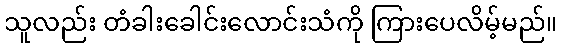
သူလည်း တံခါးခေါင်းလောင်းသံကို ကြားပေလိမ့်မည်။